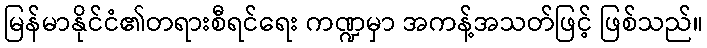
မြန်မာနိုင်ငံ၏တရားစီရင်ရေး ကဏ္ဍမှာ အကန့်အသတ်ဖြင့် ဖြစ်သည်။